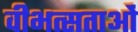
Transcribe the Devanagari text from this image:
वीभत्सताओं